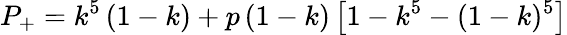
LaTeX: P_{+}=k^{5}\left(1-k\right)+p\left(1-k\right)\left[1-k^{5}-(1-k)^{5}\right]